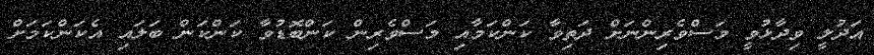
އަދުލީ ވިދާޅުވީ މަސްވެރިންނަށް ދަތިވާ ކަންކަމާއި މަސްވެރިން ކަންބޮޑުވާ ކަންކަން ބަލައި އެކަންކަމަށް